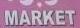
market